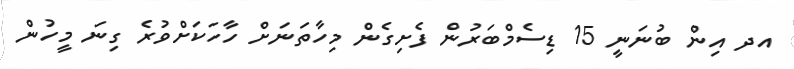
އދ އިން ބުނަނީ 15 ޑިސެމްބަރުން ފެށިގެން މިހާތަނަށް ހާހަކަށްވުރެ ގިނަ މީހުން